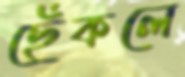
ছেঁকলে